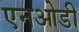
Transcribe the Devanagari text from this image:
एनओडी